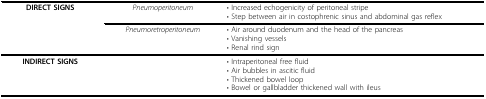
| DIRECT SIGNS | Pneumoperitoneum | • Increased echogenicity of peritoneal stripe• Step between air in costophrenic sinus and abdominal gas reflex |
 |  | Pneumoretroperitoneum | • Air around duodenum and the head of the pancreas• Vanishing vessels• Renal rind sign |
 | --- | --- | --- |
 | INDIRECT SIGNS |  | • Intraperitoneal free fluid• Air bubbles in ascitic fluid• Thickened bowel loop• Bowel or gallbladder thickened wall with ileus |